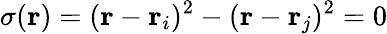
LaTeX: \sigma(\mathbf{r})=(\mathbf{r}-\mathbf{r}_{i})^{2}-(\mathbf{r}-\mathbf{r}_{j})^{2}=0